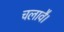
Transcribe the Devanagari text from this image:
चलावै।